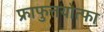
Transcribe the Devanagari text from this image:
फ्राफुत्तयोत्फा